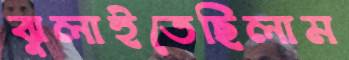
ঝুলাইতেছিলাম